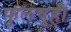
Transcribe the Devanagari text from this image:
फुलचुही